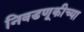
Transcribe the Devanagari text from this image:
निवडणूकीच्या